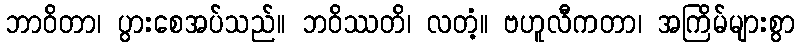
ဘာဝိတာ၊ ပွားစေအပ်သည်။ ဘဝိဿတိ၊ လတံ့။ ဗဟူလီကတာ၊ အကြိမ်များစွာ